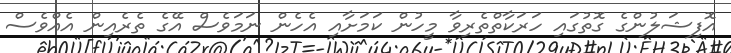
އޮފިޝަލުންގެ ގޮތުގައި ހަރަކާތްތެރިވާ މީހުން ކަމަށާއި އެހެން ނަމަވެސް އޭގެ ތެރެއިން އެއްވެސް